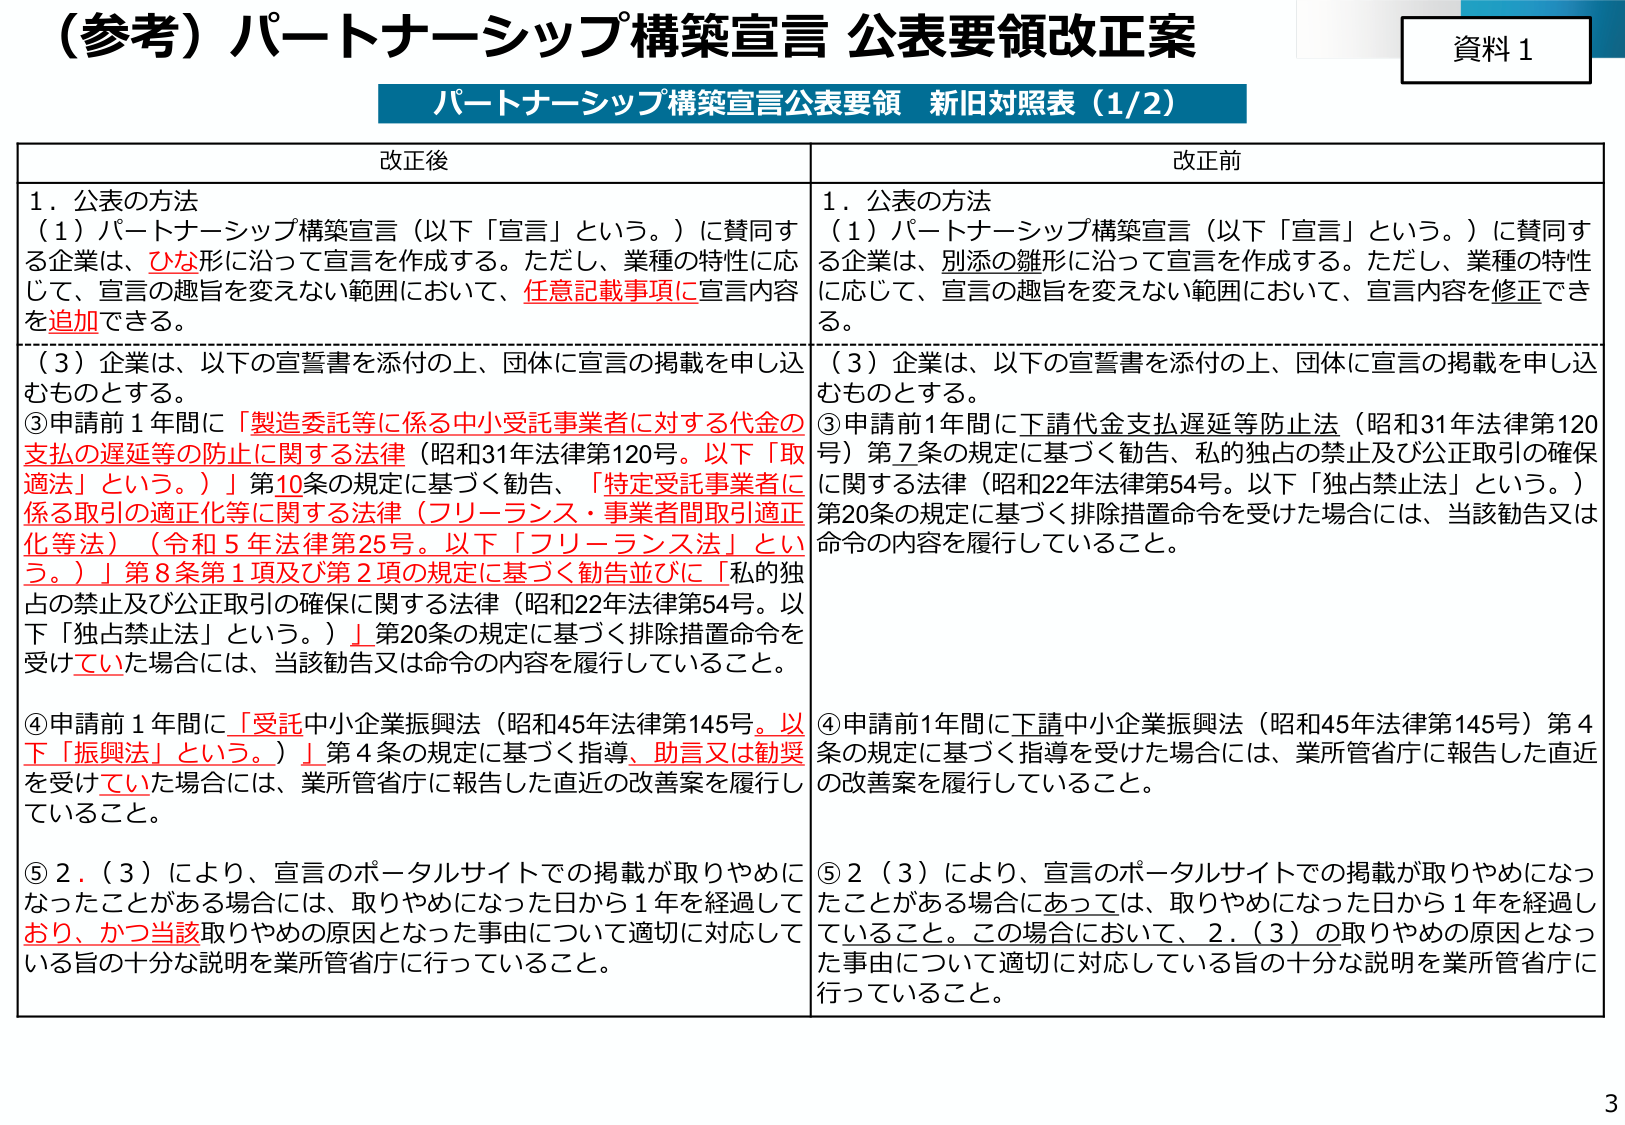
（参考）パートナーシップ構築宣言 公表要領改正案
資料１

パートナーシップ構築宣言公表要領 新旧対照表（1/2）

改正後
1．公表の方法
（1）パートナーシップ構築宣言（以下「宣言」という。）に賛同する企業は、ひな形に沿って宣言を作成する。ただし、業種の特性に応じて、宣言の趣旨を変えない範囲において、任意記載事項に宣言内容を追加できる。
（3）企業は、以下の宣誓書を添付の上、団体に宣言の掲載を申し込むものとする。
③申請前１年間に「製造委託等に係る中小受託事業者に対する代金の支払の遅延等の防止に関する法律（昭和31年法律第120号。以下「取適法」という。）」第10条の規定に基づく勧告、「特定受託事業者に係る取引の適正化等に関する法律（フリーランス・事業者間取引適正化等法）（令和5年法律第25号。以下「フリーランス法」という。）」第8条第1項及び第2項の規定に基づく勧告並びに「私的独占の禁止及び公正取引の確保に関する法律（昭和22年法律第54号。以下「独占禁止法」という。）」第20条の規定に基づく排除措置命令を受けている場合には、当該勧告又は命令の内容を履行していること。
④申請前１年間に「受託中小企業振興法（昭和45年法律第145号。以下「振興法」という。）」第4条の規定に基づく指導、助言又は勧奨を受けていた場合には、業所管省庁に報告した直近の改善案を履行していること。
⑤2．（3）により、宣言のポータルサイトでの掲載が取りやめになったことがある場合には、取りやめになった日から1年を経過しており、かつ当該取りやめの原因となった事由について適切に対応している旨の十分な説明を業所管省庁に行っていること。

改正前
1．公表の方法
（1）パートナーシップ構築宣言（以下「宣言」という。）に賛同する企業は、別添の雛形に沿って宣言を作成する。ただし、業種の特性に応じて、宣言の趣旨を変えない範囲において、宣言内容を修正できる。
（3）企業は、以下の宣誓書を添付の上、団体に宣言の掲載を申し込むものとする。
③申請前1年間に下請代金支払遅延等防止法（昭和31年法律第120号）第7条の規定に基づく勧告、私的独占の禁止及び公正取引の確保に関する法律（昭和22年法律第54号。以下「独占禁止法」という。）第20条の規定に基づく排除措置命令を受けた場合には、当該勧告又は命令の内容を履行していること。
④申請前1年間に下請中小企業振興法（昭和45年法律第145号）第4条の規定に基づく指導を受けた場合には、業所管省庁に報告した直近の改善案を履行していること。
⑤2（3）により、宣言のポータルサイトでの掲載が取りやめになったことがある場合にあっては、取りやめになった日から1年を経過していること。この場合において、2．（3）の取りやめの原因となった事由について適切に対応している旨の十分な説明を業所管省庁に行っていること。

3